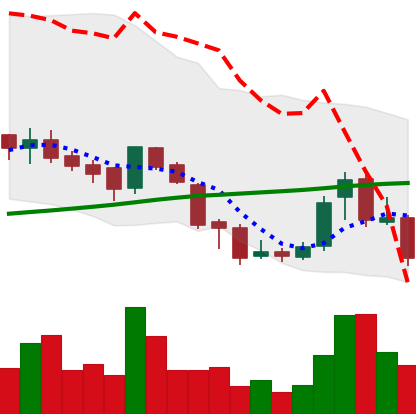
Ticker: BNB-USD
Chart end date: 2018-07-20
Forward return: 7.195%
Label: up_7plus